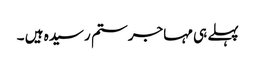
پہلے ہی مہاجر ستم رسیدہ ہیں ۔